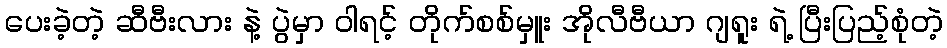
ပေးခဲ့တဲ့ ဆီဗီးလား နဲ့ ပွဲမှာ ဝါရင့် တိုက်စစ်မှူး အိုလီဗီယာ ဂျရူး ရဲ့ ပြီးပြည့်စုံတဲ့